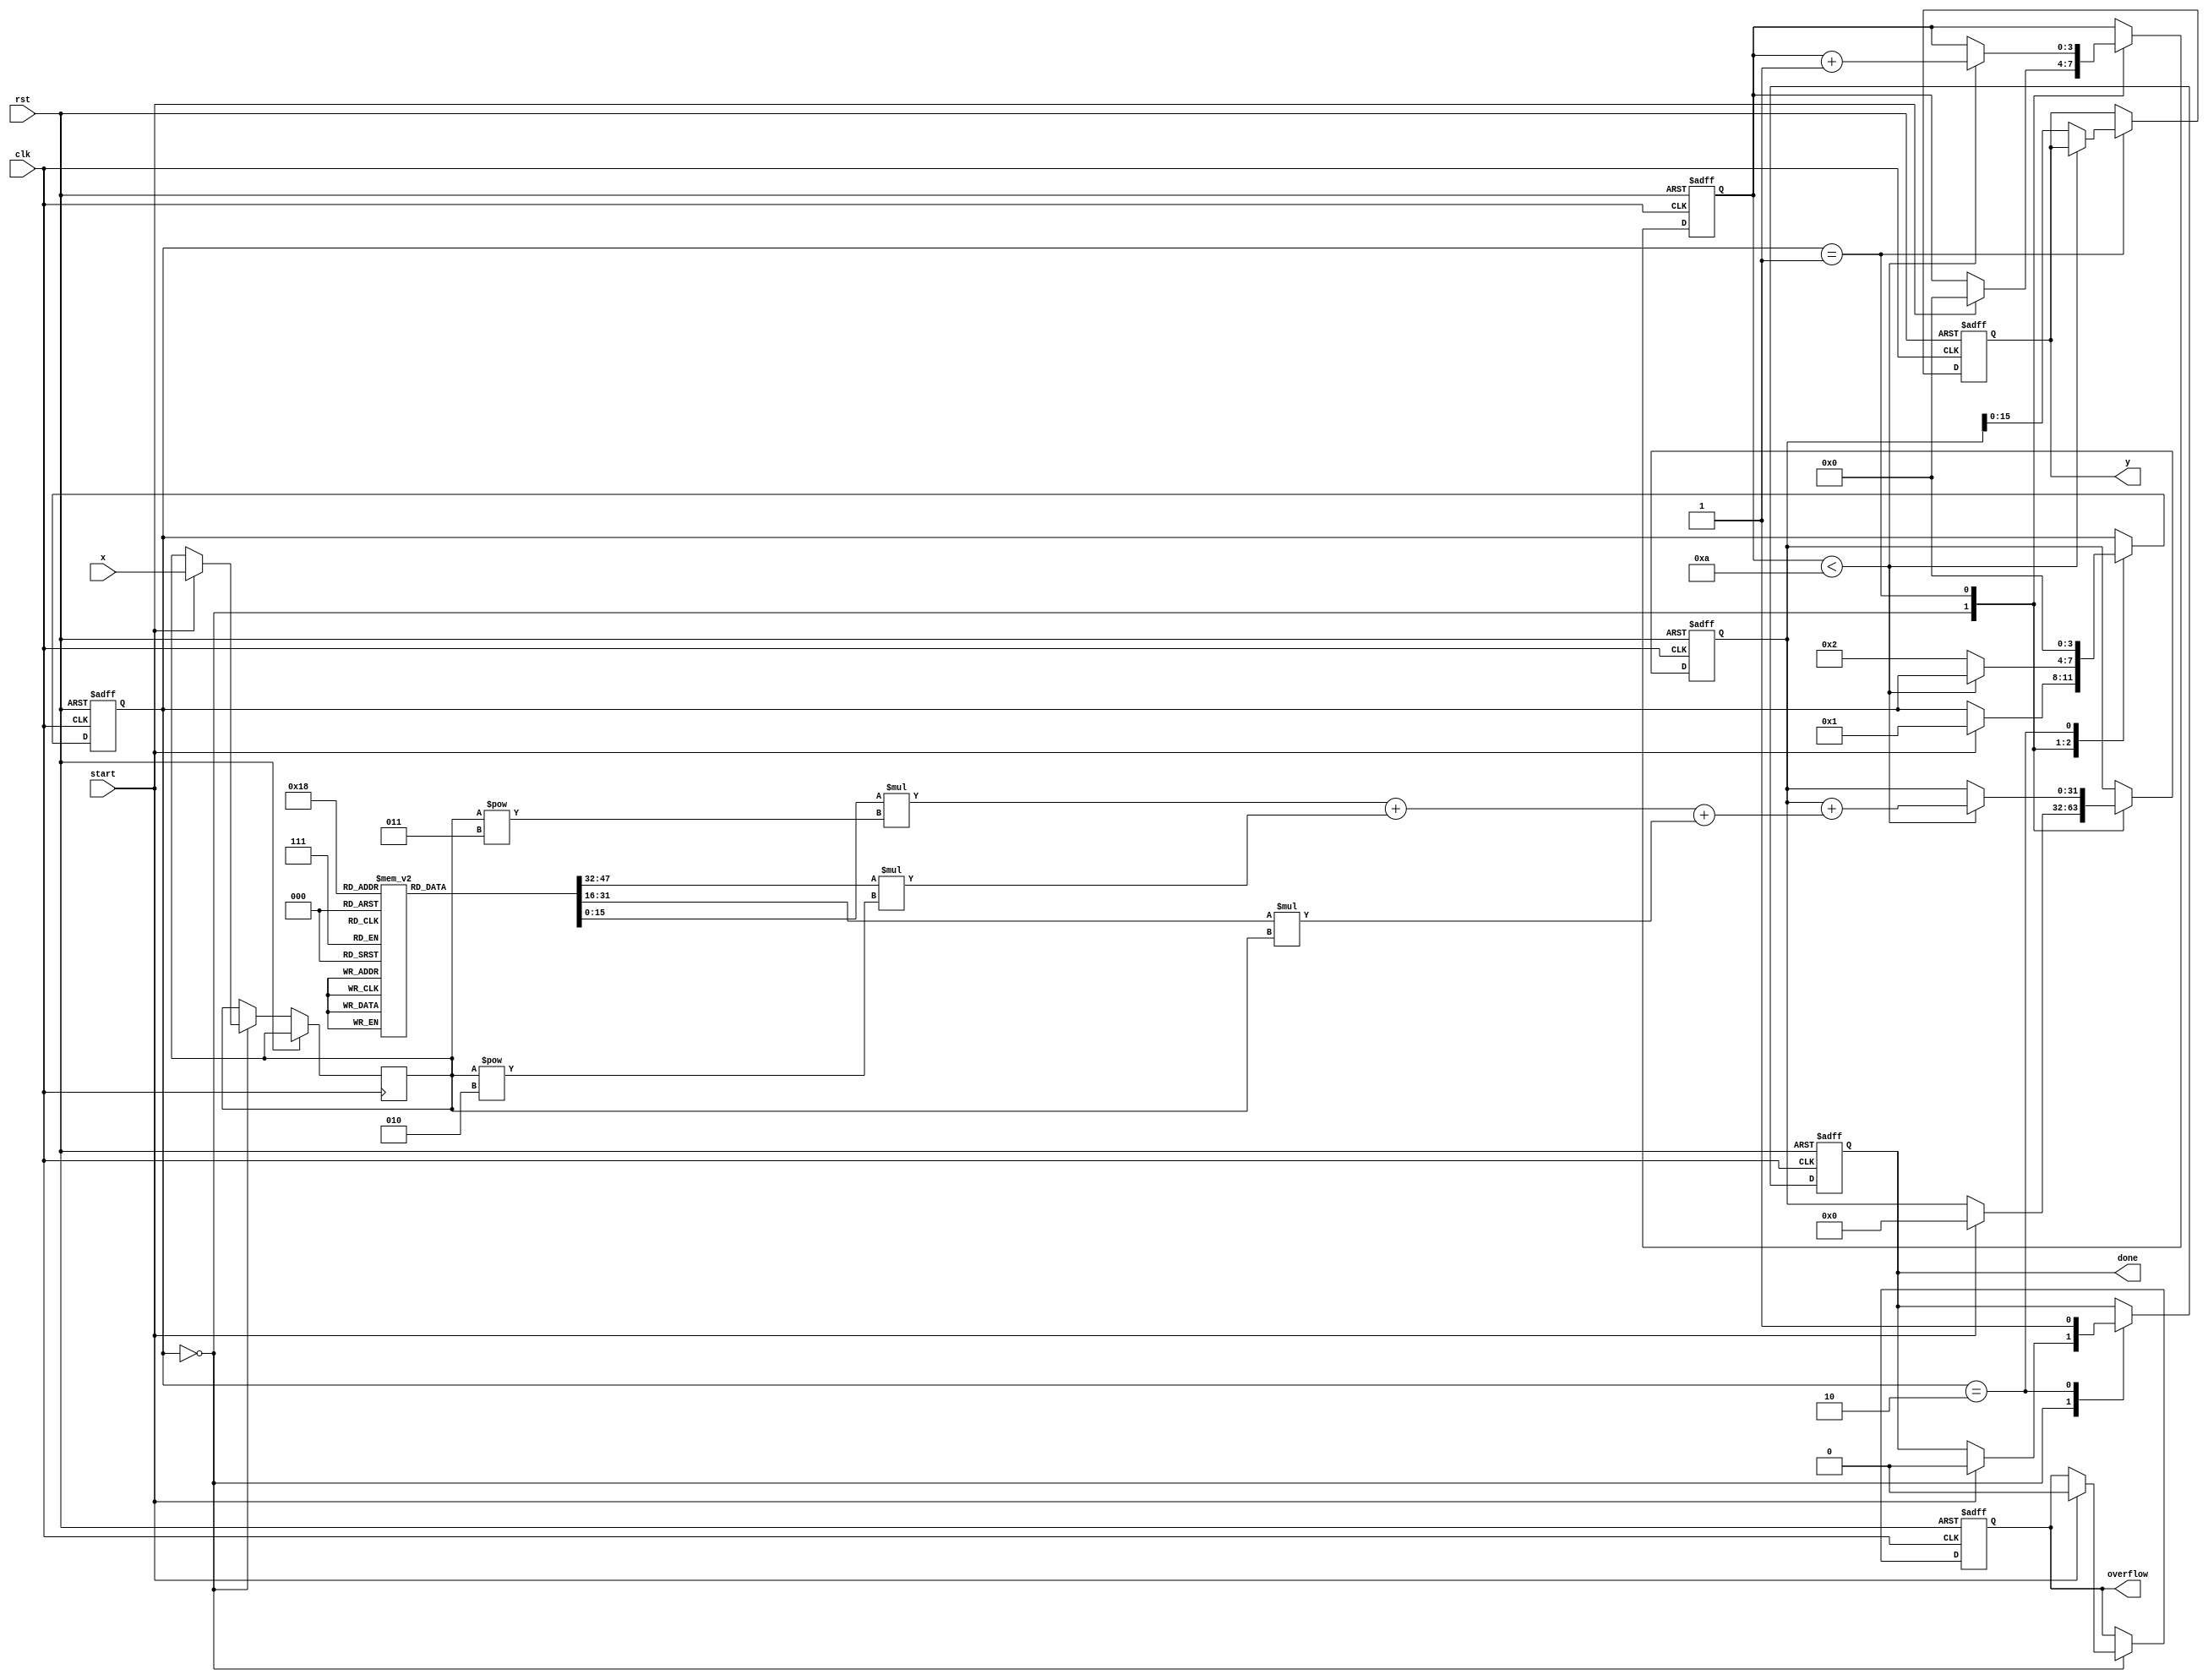
module cordic_polynomial_evaluator (
    input wire clk,
    input wire rst,
    input wire start,
    input wire [15:0] x, // Fixed-point input
    output reg [15:0] y, // Fixed-point output
    output reg done,      // Completion signal
    output reg overflow   // Overflow signal
);

    // Parameter Definitions
    parameter POLY_DEGREE = 3; // Example: 3rd degree polynomial
    parameter ITERATIONS = 10;  // Number of iterations for CORDIC
    parameter COEFF_WIDTH = 16; // Width for coefficients
    parameter ACCUM_WIDTH = 32;  // Width for accumulator (wider to handle sums)

    // Coefficient Register File (example coefficients for x^3 - 2x^2 + x - 1)
    reg [COEFF_WIDTH-1:0] coeffs [0:POLY_DEGREE];
    initial begin
        coeffs[0] = 32'hFFFFFFFE; // -1
        coeffs[1] = 32'h00000001; // 1
        coeffs[2] = 32'hFFFFFFFE; // -2
        coeffs[3] = 32'h00000000; // 0 (3rd degree term)
    end

    // Internal Signals
    reg [15:0] x_reg;
    reg [ACCUM_WIDTH-1:0] accumulator;
    reg [3:0] iteration_count;
    reg [3:0] state;

    // State Encoding
    localparam IDLE      = 2'b00;
    localparam COMPUTE   = 2'b01;
    localparam DONE      = 2'b10;

    // Control FSM
    always @(posedge clk or posedge rst) begin
        if (rst) begin
            state <= IDLE;
            done <= 0;
            overflow <= 0;
            y <= 0;
            iteration_count <= 0;
            accumulator <= 0;
        end else begin
            case (state)
                IDLE: begin
                    if (start) begin
                        x_reg <= x;
                        accumulator <= 0;
                        iteration_count <= 0;
                        state <= COMPUTE;
                        done <= 0;
                        overflow <= 0;
                    end
                end
                COMPUTE: begin
                    if (iteration_count < ITERATIONS) begin
                        // CORDIC computation: simple polynomial evaluation
                        // Example: using Taylor expansion for polynomial evaluation
                        accumulator <= accumulator + (coeffs[0] * (x_reg ** 3) + coeffs[1] * (x_reg ** 2) + coeffs[2] * x_reg);
                        iteration_count <= iteration_count + 1;
                    end else begin
                        // After all iterations, set output
                        y <= accumulator[15:0]; // Truncate to 16 bits
                        state <= DONE;
                    end
                end
                DONE: begin
                    done <= 1;
                    state <= IDLE;
                end
            endcase
        end
    end

endmodule